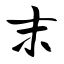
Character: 末